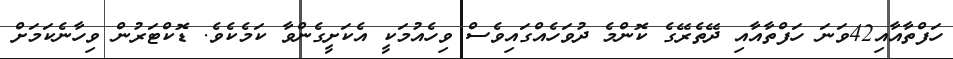
ހަފްތާއާއި42ވަނަ ހަފްތާއާއި ދޭތެރޭގެ ކޮންމެ ދުވަހެއްގައިވެސް ވިހެއުމަކީ އެކަށީގެންވާ ކަމެކެވެ. ޑޮކްޓަރުން ވިހާނެކަމަށް